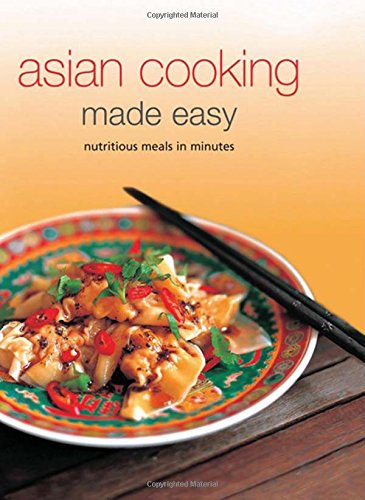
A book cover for Asian Cooking Made Easy: Nurtitious Meals in Minutes (Learn to Cook Series); Cookbooks, Food & Wine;